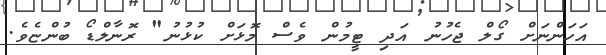
އަހަންނަށް ގޯލް ޖެހުނު އަދި ޓީމުން ވެސް މޮޅަށް ކުޅުނު" ރޮނާލްޑޯ ބުންޏެވެ.